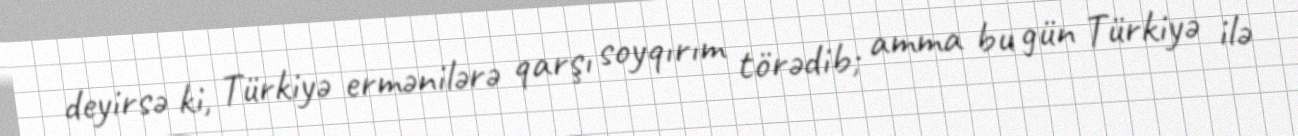
deyirsə ki, Türkiyə ermənilərə qarşı soyqırım törədib; amma bu gün Türkiyə ilə